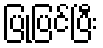
ပြုပြင်ပြီး